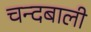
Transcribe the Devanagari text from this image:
चन्दबाली